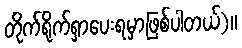
တိုက်ရိုက်ရှာပေးရမှာဖြစ်ပါတယ်)။